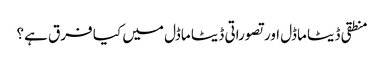
منطقی ڈیٹا ماڈل اور تصوراتی ڈیٹا ماڈل میں کیا فرق ہے؟